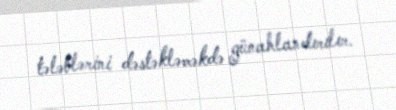
tələblərini dəstəkləməkdə günahlandırılır.